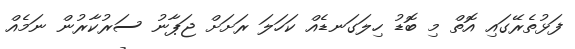
ފަޅުތެރޭގައި އޮތް މި ބޮޑު ހިލަގަނޑެއް ކަހަލަ ރަށަށް ޖަޕާނު ސަރުކާރުން ނަމެއް